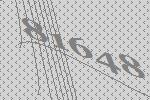
81648